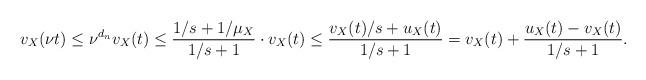
LaTeX: \begin{align*} v_X(\nu t) \le \nu^{d_n} v_X(t) \le \frac{1/s+1/\mu_X}{1/s+1} \cdot v_X(t) \le \frac{v_X(t)/s+u_X(t)}{1/s+1} = v_X(t) + \frac{u_X(t)-v_X(t)}{1/s+1}. \end{align*}